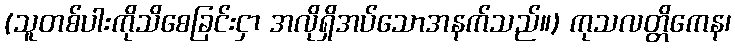
(သူတစ်ပါးကိုသိစေခြင်းငှာ အလိုရှိအပ်သောအနက်သည်။) ကုသလတ္တိကေန၊